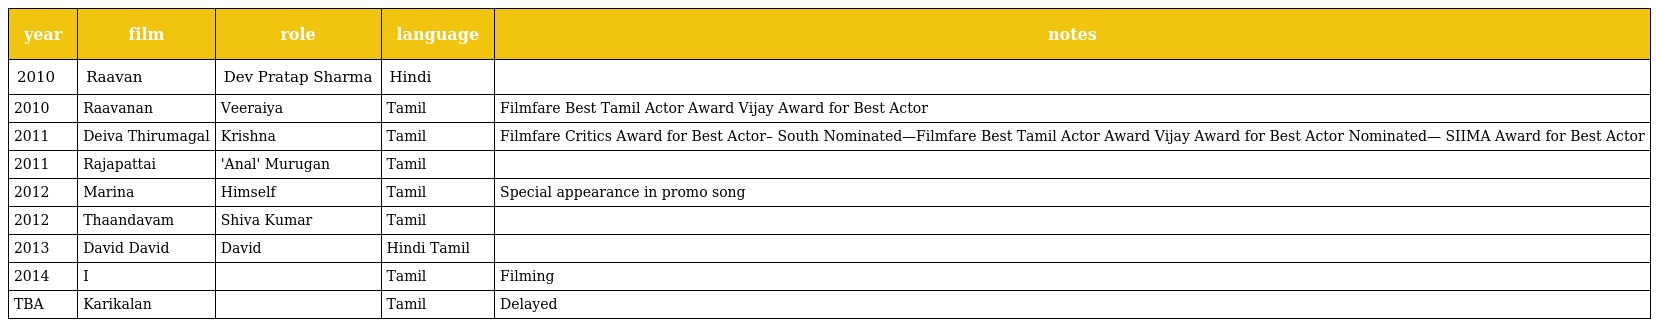
| year | film | role | language | notes |
 | --- | --- | --- | --- | --- |
 | 2010 | Raavan | Dev Pratap Sharma | Hindi |  |
 | 2010 | Raavanan | Veeraiya | Tamil | Filmfare Best Tamil Actor Award Vijay Award for Best Actor |
 | 2011 | Deiva Thirumagal | Krishna | Tamil | Filmfare Critics Award for Best Actor– South Nominated—Filmfare Best Tamil Actor Award Vijay Award for Best Actor Nominated— SIIMA Award for Best Actor |
 | 2011 | Rajapattai | 'Anal' Murugan | Tamil |  |
 | 2012 | Marina | Himself | Tamil | Special appearance in promo song |
 | 2012 | Thaandavam | Shiva Kumar | Tamil |  |
 | 2013 | David David | David | Hindi Tamil |  |
 | 2014 | I |  | Tamil | Filming |
 | TBA | Karikalan |  | Tamil | Delayed |